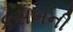
કસબની